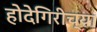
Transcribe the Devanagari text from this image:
होदेगिरीच्या